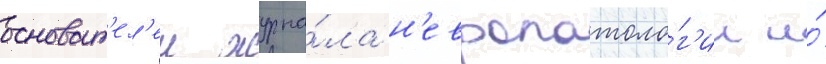
основат'ел'еи журна́ла н'европатоло́г'ии и́